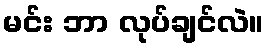
မင်း ဘာ လုပ်ချင်လဲ။